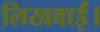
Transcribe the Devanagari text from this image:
लिखवाईं।